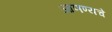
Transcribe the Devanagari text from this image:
आणण्यचे